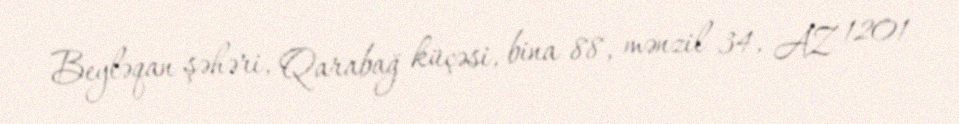
Beyləqan şəhəri, Qarabağ küçəsi, bina 88, mənzil 34, AZ 1201